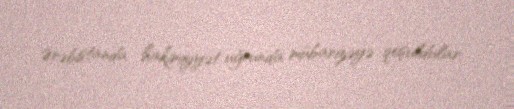
Ərəbistanda hakimiyyət uğrunda mübarizəyə qoşuldular.